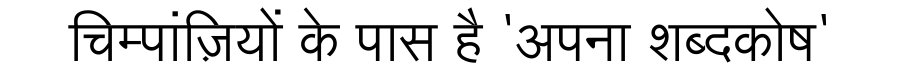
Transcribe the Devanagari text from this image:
चिम्पांज़ियों के पास है 'अपना शब्दकोष'